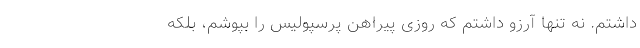
داشتم. نه تنها آرزو داشتم که روزی پیراهن پرسپولیس را بپوشم، بلکه